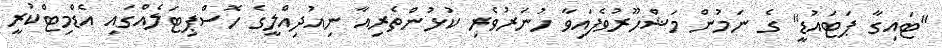
"ޓައިގާ ޕަޓައުޑީ" ގެ ނަމުން މަޝްހޫރުވެފައިވާ ހުނަރުވެރި ކުޅުންތެރިއާ ނިއުދިއްލީގެ ހޮސްޕިޓަލެއްގައި އެޑްމިޓްކުރީ